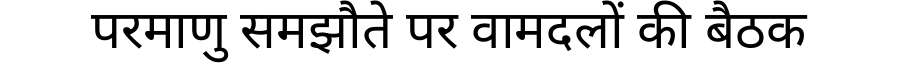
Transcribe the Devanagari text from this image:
परमाणु समझौते पर वामदलों की बैठक